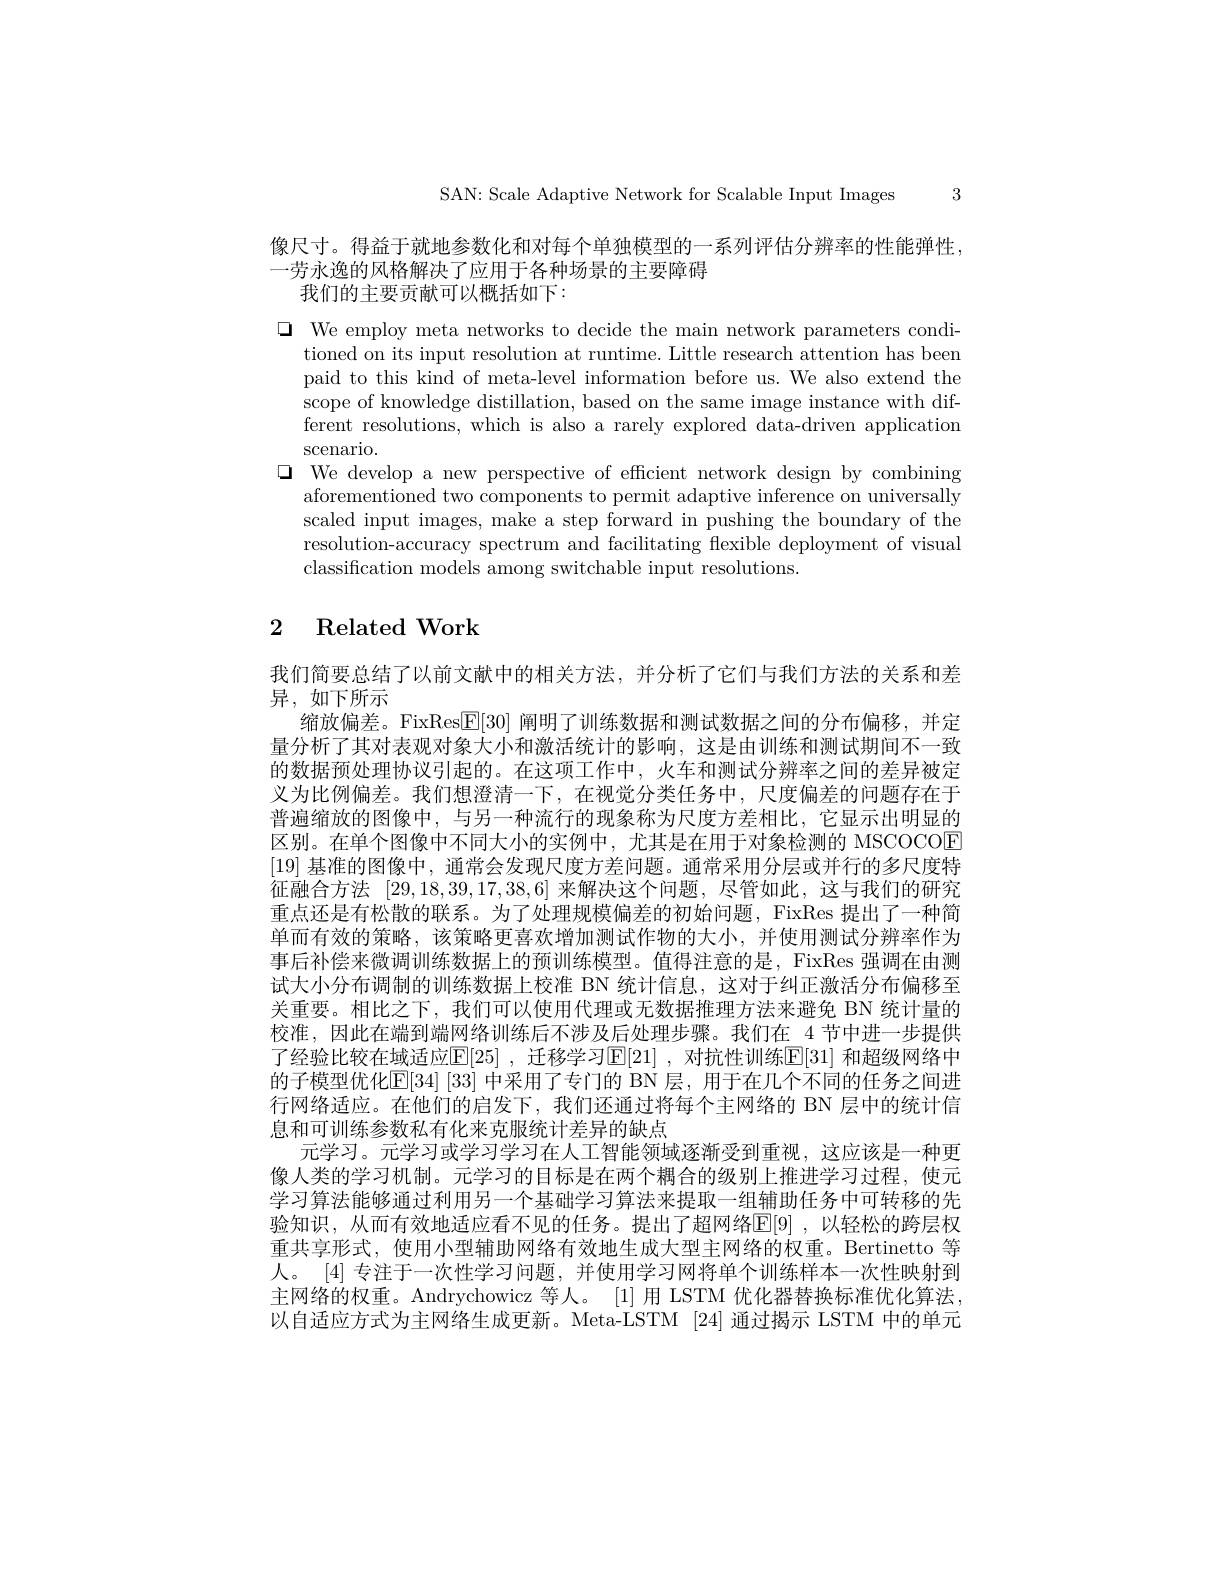
SAN: Scale Adaptive Network for Scalable Input Images 3

像尺寸。得益于就地参数化和对每个单独模型的一系列评估分辨率的性能弹性，
一劳永逸的风格解决了应用于各种场景的主要障碍
我们的主要贡献可以概括如下：

$\square$ We employ meta networks to decide the main network parameters condi-
tioned on its input resolution at runtime. Little research attention has been paid to this kind of meta-level information before us. We also extend the scope of knowledge distillation, based on the same image instance with different resolutions, which is also a rarely explored data-driven application scenario.
$\square$ We develop a new perspective of efficient network design by combining
aforementioned two components to permit adaptive inference on universally scaled input images, make a step forward in pushing the boundary of the resolution-accuracy spectrum and facilitating flexible deployment of visual classification models among switchable input resolutions.

# 2 Related Work

我们简要总结了以前文献中的相关方法，并分析了它们与我们方法的关系和差
异，如下所示
缩放偏差。FixRes$\mathbb{E}[30]$阐明了训练数据和测试数据之间的分布偏移，并定量分析了其对表观对象大小和激活统计的影响，这是由训练和测试期间不一致的数据预处理协议引起的。在这项工作中，火车和测试分辨率之间的差异被定义为比例偏差。我们想澄清一下，在视觉分类任务中，尺度偏差的问题存在于普遍缩放的图像中，与另一种流行的现象称为尺度方差相比，它显示出明显的区别。在单个图像中不同大小的实例中，尤其是在用于对象检测的 MSCOCOE [19]基准的图像中，通常会发现尺度方差问题。通常采用分层或并行的多尺度特征融合方法[29,18,39,17,38,6]来解决这个问题，尽管如此，这与我们的研究重点还是有松散的联系。为了处理规模偏差的初始问题，FixRes 提出了一种简单而有效的策略，该策略更喜欢增加测试作物的大小，并使用测试分辨率作为事后补偿来微调训练数据上的预训练模型。值得注意的是，FixRes 强调在由测试大小分布调制的训练数据上校准 BN 统计信息，这对于纠正激活分布偏移至关重要。相比之下，我们可以使用代理或无数据推理方法来避免 BN 统计量的校淮，因此在端到端网络训练后不涉及后处理步骤。我们在 4 节中进一步提供了经验比较在域适应$\mathbb{E}[25]$ ,迁移学习$\mathbb{E}[21]$ ,对抗性训练$\mathbb{E}[31]$ 和超级网络中的子模型优化$\mathbb{E}[34][33]$ 中采用了专门的 BN 层，用于在几个不同的任务之间进行网络适应。在他们的启发下，我们还通过将每个主网络的 BN 层中的统计信息和可训练参数私有化来克服统计差异的缺点
元学习。元学习或学习学习在人工智能领域逐渐受到重视，这应该是一种更像人类的学习机制。元学习的目标是在两个耦合的级别上推进学习过程，使元学习算法能够通过利用另一个基础学习算法来提取一组辅助任务中可转移的先验知识，从而有效地适应看不见的任务。提出了超网络$\mathbb{E}[9]$ ,以轻松的跨层权重共享形式，使用小型辅助网络有效地生成大型主网络的权重。Bertinetto 等人。[4]专注于一次性学习问题，并使用学习网将单个训练样本一次性映射到主网络的权重。Andrychowicz 等人。[1] 用 LSTM 优化器替换标准优化算法， 以自适应方式为主网络生成更新。Meta-LSTM [24] 通过揭示 LSTM 中的单元